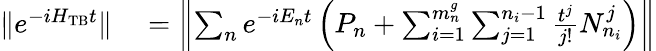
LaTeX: \begin{array}{rl}{\| e^{-iH_{\mathrm{TB}}t}\| }&{{}=\left\Vert\sum_{n}e^{-iE_{n}t}\left(P_{n}+\sum_{i=1}^{m_{n}^{g}}\sum_{j=1}^{n_{i}-1}\frac{t^{j}}{j!}N_{n_{i}}^{j}\right)\right\Vert}\end{array}